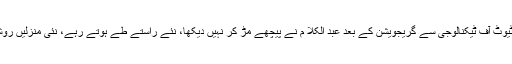
مدراس انسٹی ٹیوٹ آف ٹیکنالوجی سے گریجویشن کے بعد عبد الکلا م نے پیچھے مڑ کر نہیں دیکھا، نئے راستے طے ہوتے رہے، نئی منزلیں روشن ہوتی گئیں ۔